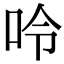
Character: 呤